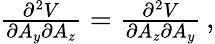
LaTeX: \begin{array}{r}{\frac{\partial^{2}V}{\partial A_{y}\partial A_{z}}=\frac{\partial^{2}V}{\partial A_{z}\partial A_{y}}\, ,}\end{array}